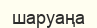
шаруаңа